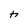
Character: h